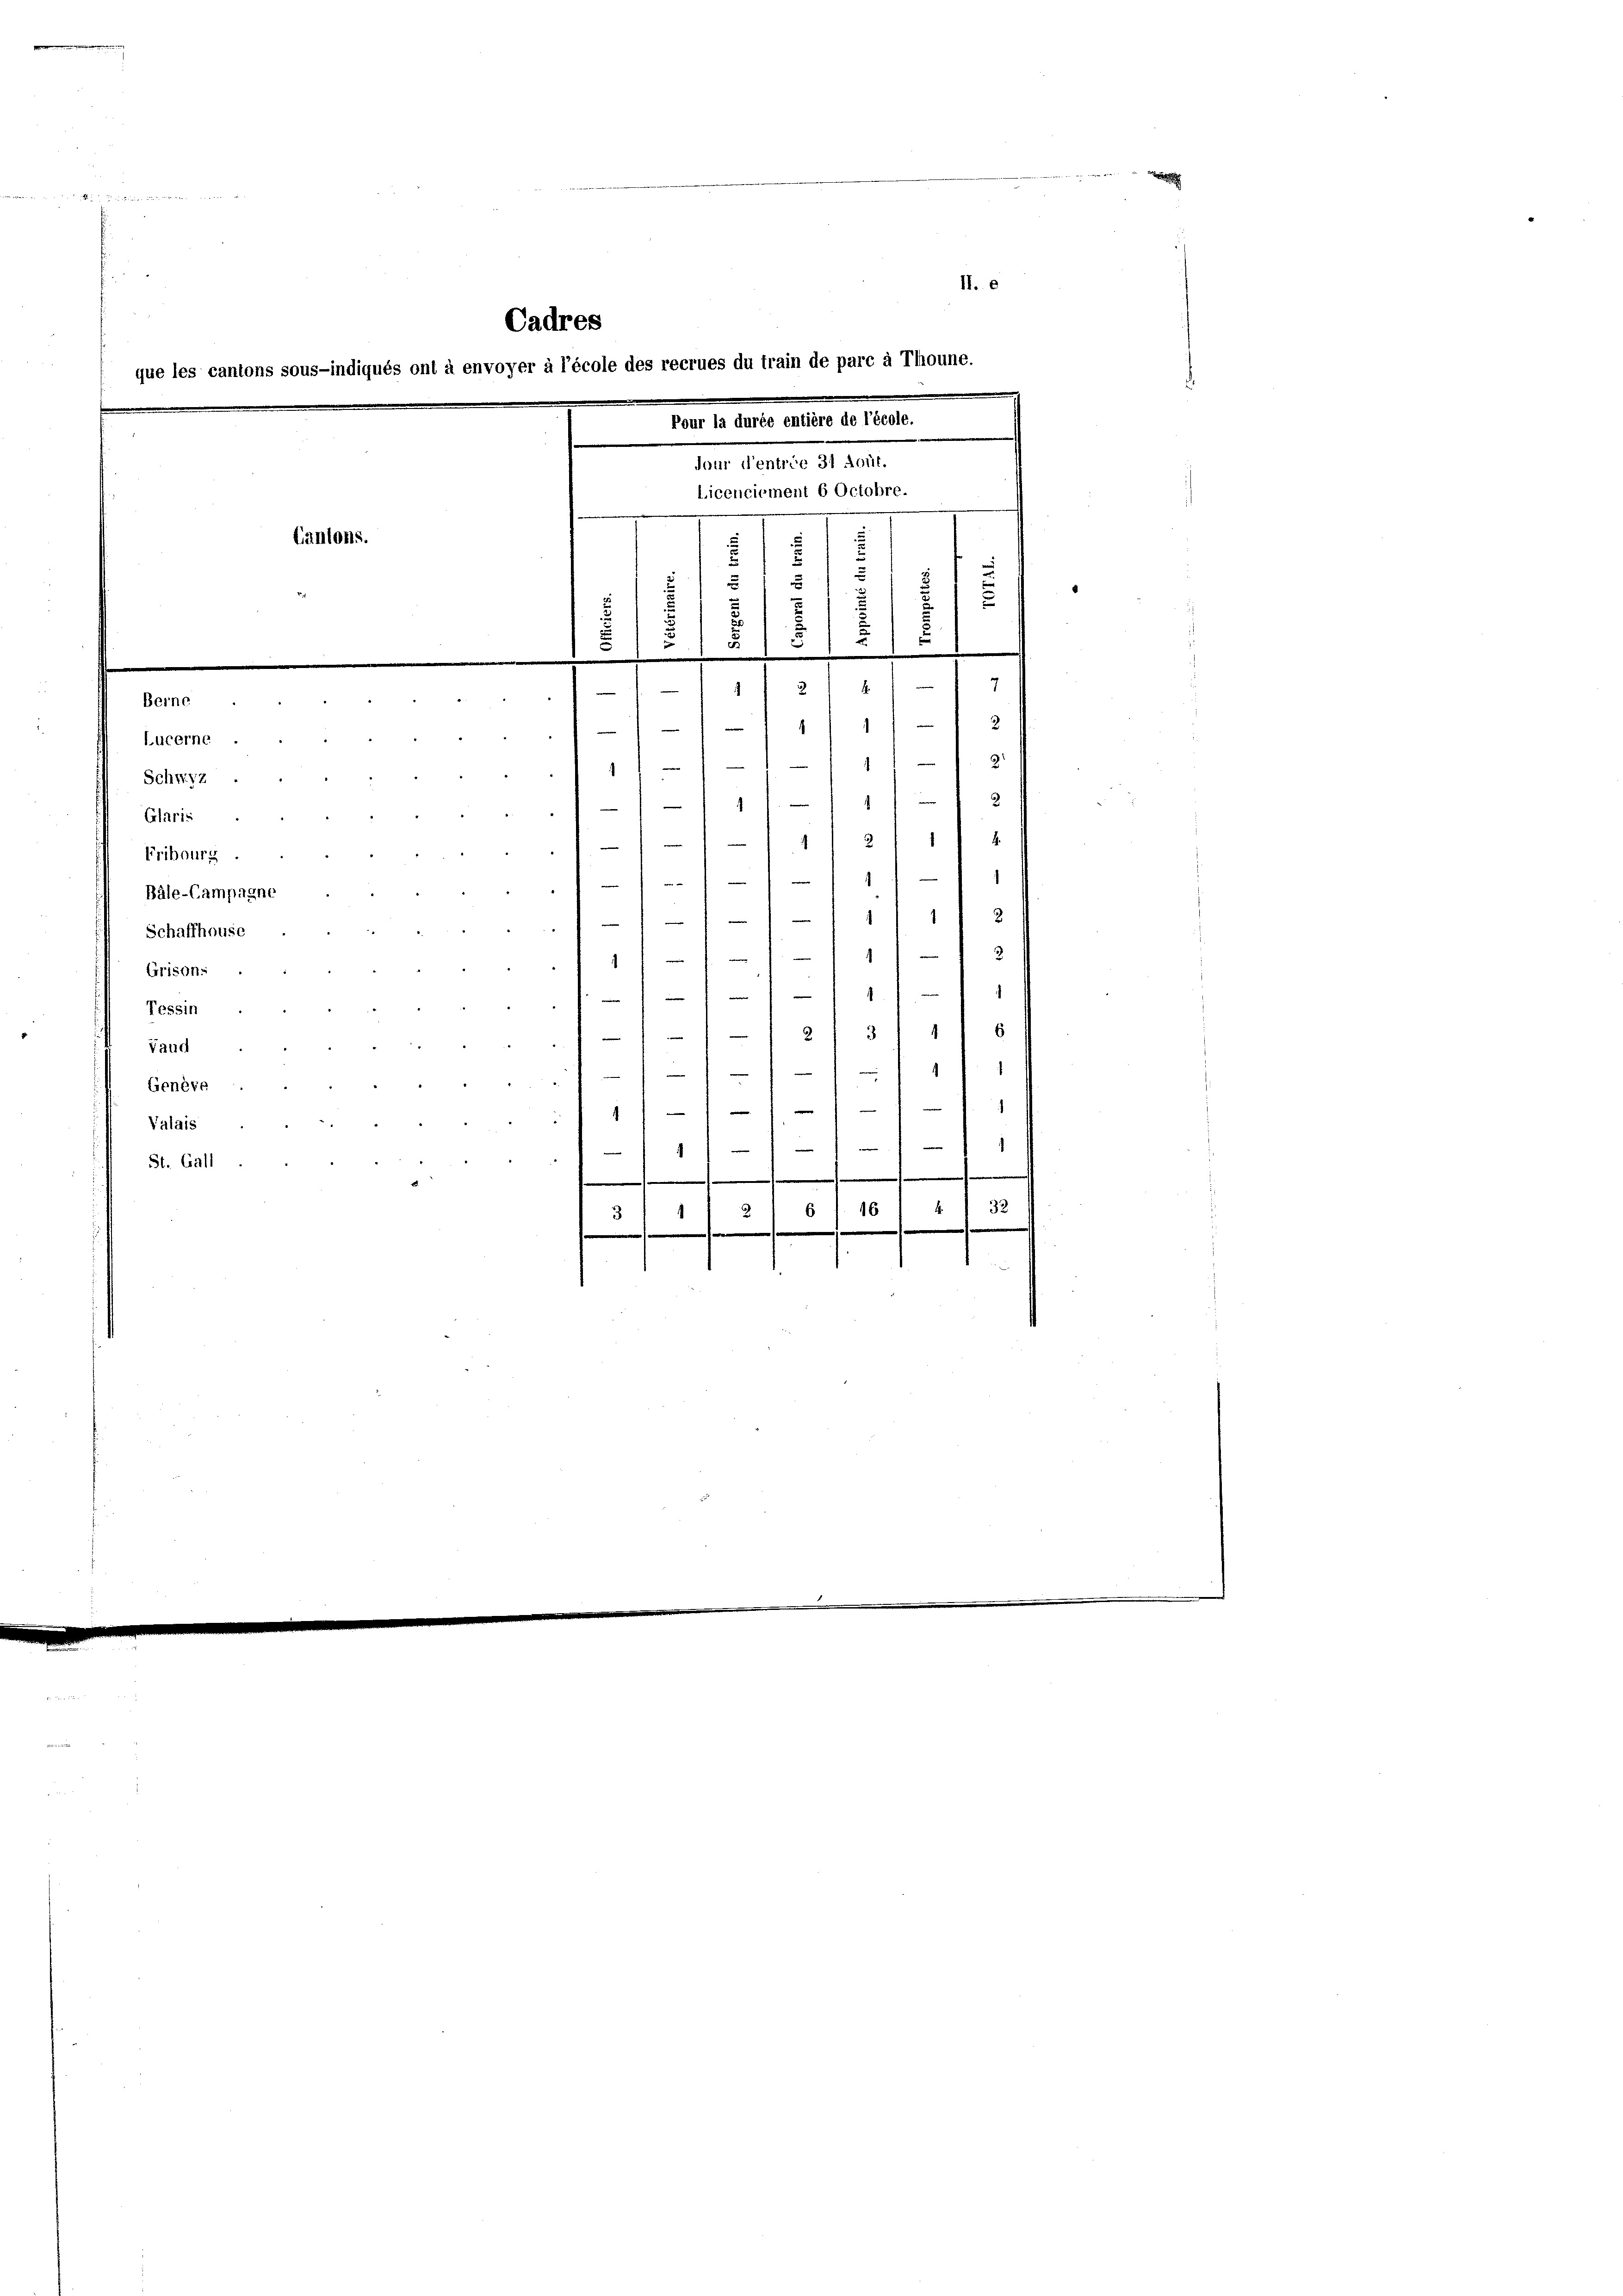
Tessin
Vaud
Genève
Valais
St. Gall

II. e
Cadres
e les cantons sous-indiqués ont à envoyer à l’école des recrues du train de parc à Thoune.
Pour la durée entière de l’école.
Jaur d’entrie 31 Aout.
Licenciement 6 Octobre.
Cantons.
s
5
s
i
d
.
¬
u
f
u
2
d
.
a
s
.
5

7
 1 1/2 1 41
Berne
2
1
)
e
—
Lucerne
9
e
111 1
e
2
Schwyz
2
e
.
e
Grtaris
.
4
Fribourg
1
¬
Bäle-Campagne
.
2
1
Schaffhause
3

Grison.

1
s
s
e

e
 2/3 111 6
f
s

s
1
1
e
e
d
.
.
e
e
e
|
m
.
.

2
32
6 J. 16
3
e

e
.